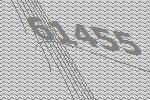
61455